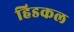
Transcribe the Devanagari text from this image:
हिडकल